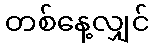
တစ်နေ့လျှင်